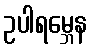
ဥပါရမ္ဘေန